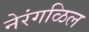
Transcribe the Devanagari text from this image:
नेरंगळिल